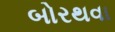
બોરથવા